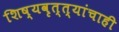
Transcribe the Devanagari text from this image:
शिष्यवृत्त्यांचाही